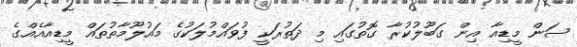
ސަން މީޑިއާ އިން ގަބޫލުކުރާ ގޮތުގައި މި ދަތުރަކީ ފުވައްމުލަކުގެ މައުލޫމާތުތައް މީޑިއާއެއްގެ